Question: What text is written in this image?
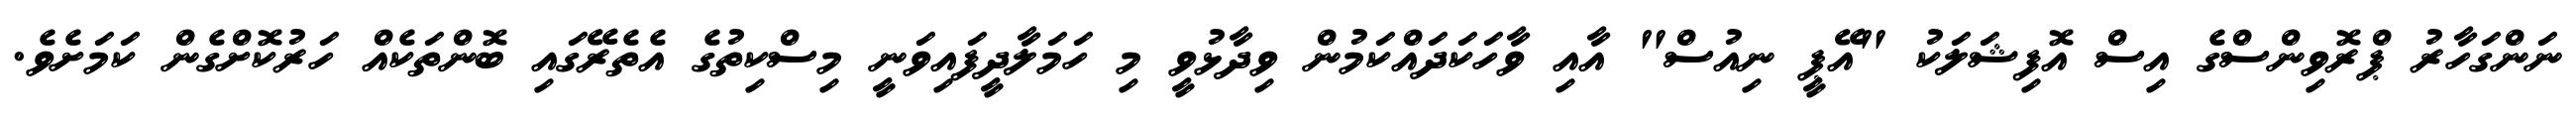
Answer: ނަންގަހާރު ޕްރޮވިންސްގެ އިސް އޮފިޝަލަކު "އޭޕީ ނިއުސް" އާއި ވާހަކަދައްކަމުން ވިދާޅުވީ މި ހަމަލާދީފައިވަނީ މިސްކިތުގެ އެތެރޭގައި ބޮންތަކެއް ހަރުކޮށްގެން ކަމަށެވެ.